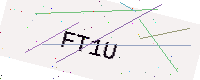
Text: FT1U